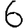
Digit: 6